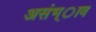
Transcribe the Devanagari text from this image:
असंभ्ाव